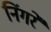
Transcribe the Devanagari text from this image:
निंगरे